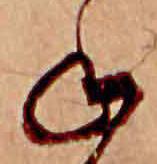
ね